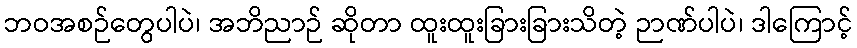
ဘဝအစဉ်တွေပါပဲ၊ အဘိညာဉ် ဆိုတာ ထူးထူးခြားခြားသိတဲ့ ဉာဏ်ပါပဲ၊ ဒါကြောင့်